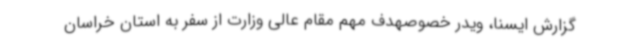
گزارش ایسنا، ویدر خصوصهدف مهم مقام عالی وزارت از سفر به استان خراسان